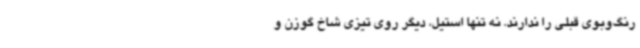
رنگ‌و‌بوی قبلی را ندارند. نه تنها استیل، دیگر روی تیزی شاخ گوزن و